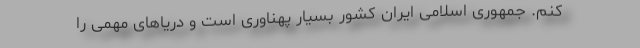
کنم. جمهوری اسلامی ایران کشور بسیار پهناوری است و دریاهای مهمی را